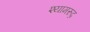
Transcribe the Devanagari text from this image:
श्यामरुद्र